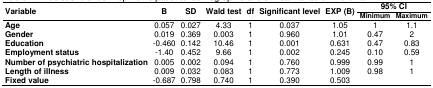
| <ROWSPAN=2> Variable | <ROWSPAN=2> B | <ROWSPAN=2> SD | <ROWSPAN=2> Wald test | <ROWSPAN=2> df | <ROWSPAN=2> Significant level | <ROWSPAN=2> EXP (B) | <COLSPAN=2> 95% CI |
 | Minimum | Maximum |
 | --- | --- | --- | --- | --- | --- | --- | --- | --- |
 | Age | 0.057 | 0.027 | 4.33 | 1 | 0.037 | 1.05 | 1 | 1.1 |
 | Gender | 0.019 | 0.369 | 0.003 | 1 | 0.960 | 1.01 | 0.47 | 2 |
 | Education | -0.460 | 0.142 | 10.46 | 1 | 0.001 | 0.631 | 0.47 | 0.83 |
 | Employment status | -1.40 | 0.452 | 9.66 | 1 | 0.002 | 0.245 | 0.10 | 0.59 |
 | Number of psychiatric hospitalization | 0.005 | 0.002 | 0.094 | 1 | 0.760 | 0.999 | 0.99 | 1 |
 | Length of illness | 0.009 | 0.032 | 0.083 | 1 | 0.773 | 1.009 | 0.98 | 1 |
 | Fixed value | -0.687 | 0.798 | 0.740 | 1 | 0.390 | 0.503 |  |  |